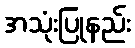
အသုံးပြုနည်း